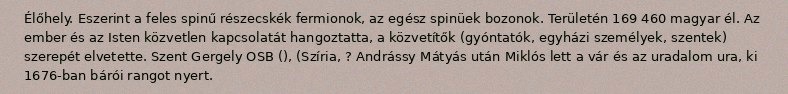
Élőhely. Eszerint a feles spinű részecskék fermionok, az egész spinüek bozonok. Területén 169 460 magyar él. Az ember és az Isten közvetlen kapcsolatát hangoztatta, a közvetítők (gyóntatók, egyházi személyek, szentek) szerepét elvetette. Szent Gergely OSB (), (Szíria, ? Andrássy Mátyás után Miklós lett a vár és az uradalom ura, ki 1676-ban bárói rangot nyert.